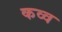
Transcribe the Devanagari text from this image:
कव्व